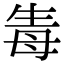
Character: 𤯟